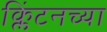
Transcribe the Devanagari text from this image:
क्लिंटनच्या